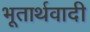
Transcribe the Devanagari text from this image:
भूतार्थवादी